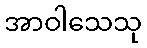
အာဝါသေသု